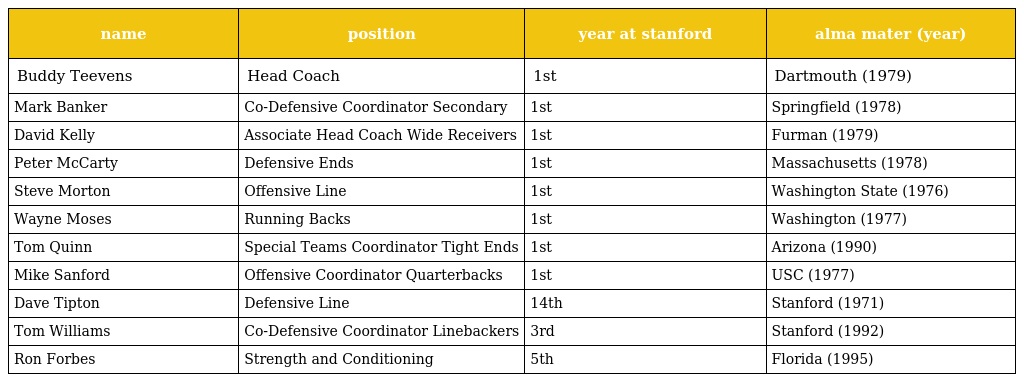
| name | position | year at stanford | alma mater (year) |
 | --- | --- | --- | --- |
 | Buddy Teevens | Head Coach | 1st | Dartmouth (1979) |
 | Mark Banker | Co-Defensive Coordinator Secondary | 1st | Springfield (1978) |
 | David Kelly | Associate Head Coach Wide Receivers | 1st | Furman (1979) |
 | Peter McCarty | Defensive Ends | 1st | Massachusetts (1978) |
 | Steve Morton | Offensive Line | 1st | Washington State (1976) |
 | Wayne Moses | Running Backs | 1st | Washington (1977) |
 | Tom Quinn | Special Teams Coordinator Tight Ends | 1st | Arizona (1990) |
 | Mike Sanford | Offensive Coordinator Quarterbacks | 1st | USC (1977) |
 | Dave Tipton | Defensive Line | 14th | Stanford (1971) |
 | Tom Williams | Co-Defensive Coordinator Linebackers | 3rd | Stanford (1992) |
 | Ron Forbes | Strength and Conditioning | 5th | Florida (1995) |